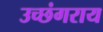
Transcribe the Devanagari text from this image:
उच्छंगराय